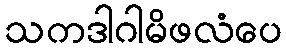
သကဒါဂါမိဖလံပေ